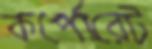
কর্পোরেট